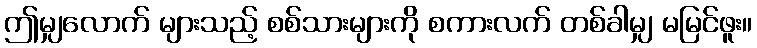
ဤမျှလောက် များသည့် စစ်သားများကို စကားလက် တစ်ခါမျှ မမြင်ဖူး။